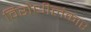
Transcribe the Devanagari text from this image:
विरोधीलंकार